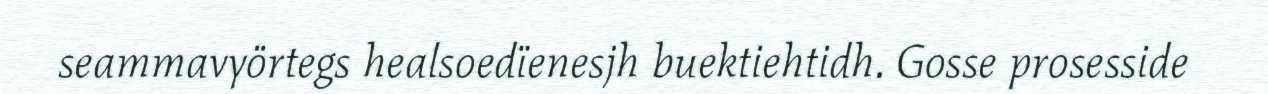
seammavyörtegs healsoedïenesjh buektiehtidh. Gosse prosesside